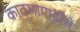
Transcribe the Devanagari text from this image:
काठमाण्डौंसे